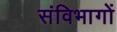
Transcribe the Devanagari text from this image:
संविभागों